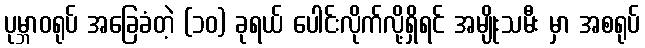
ပုမ္ဘာဝရုပ် အခြေခံတဲ့ (၁၀) ခုရယ် ပေါင်းလိုက်လို့ရှိရင် အမျိုးသမီး မှာ အစရုပ်